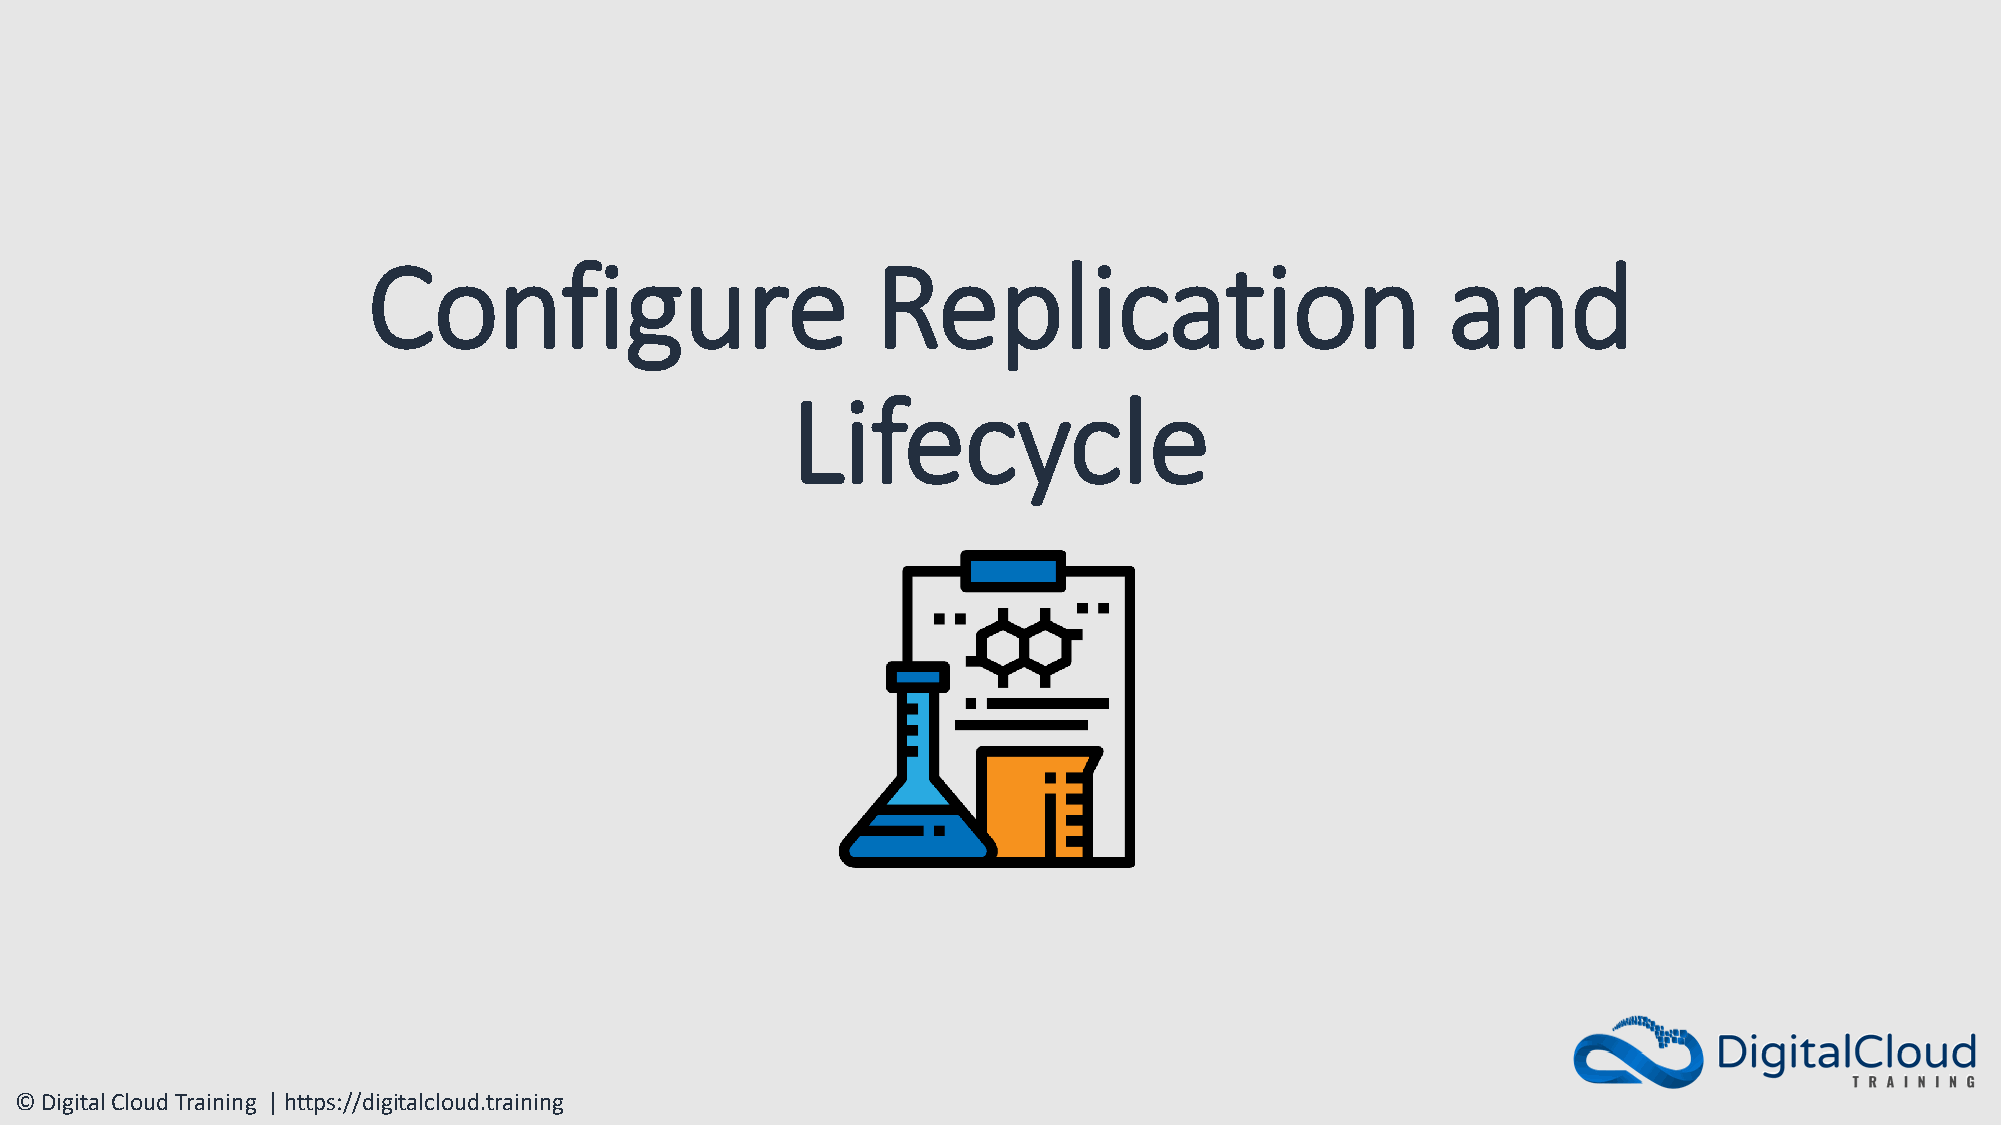
Configure                         Replication                           and
 Lifecycle
 © Digital Cloud Training | https://digitalcloud.training